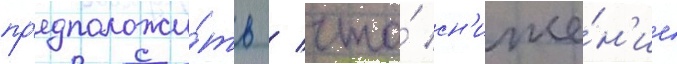
пр'едположи́ть / что́ сн'иже́н'ие